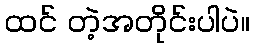
ထင် တဲ့အတိုင်းပါပဲ။